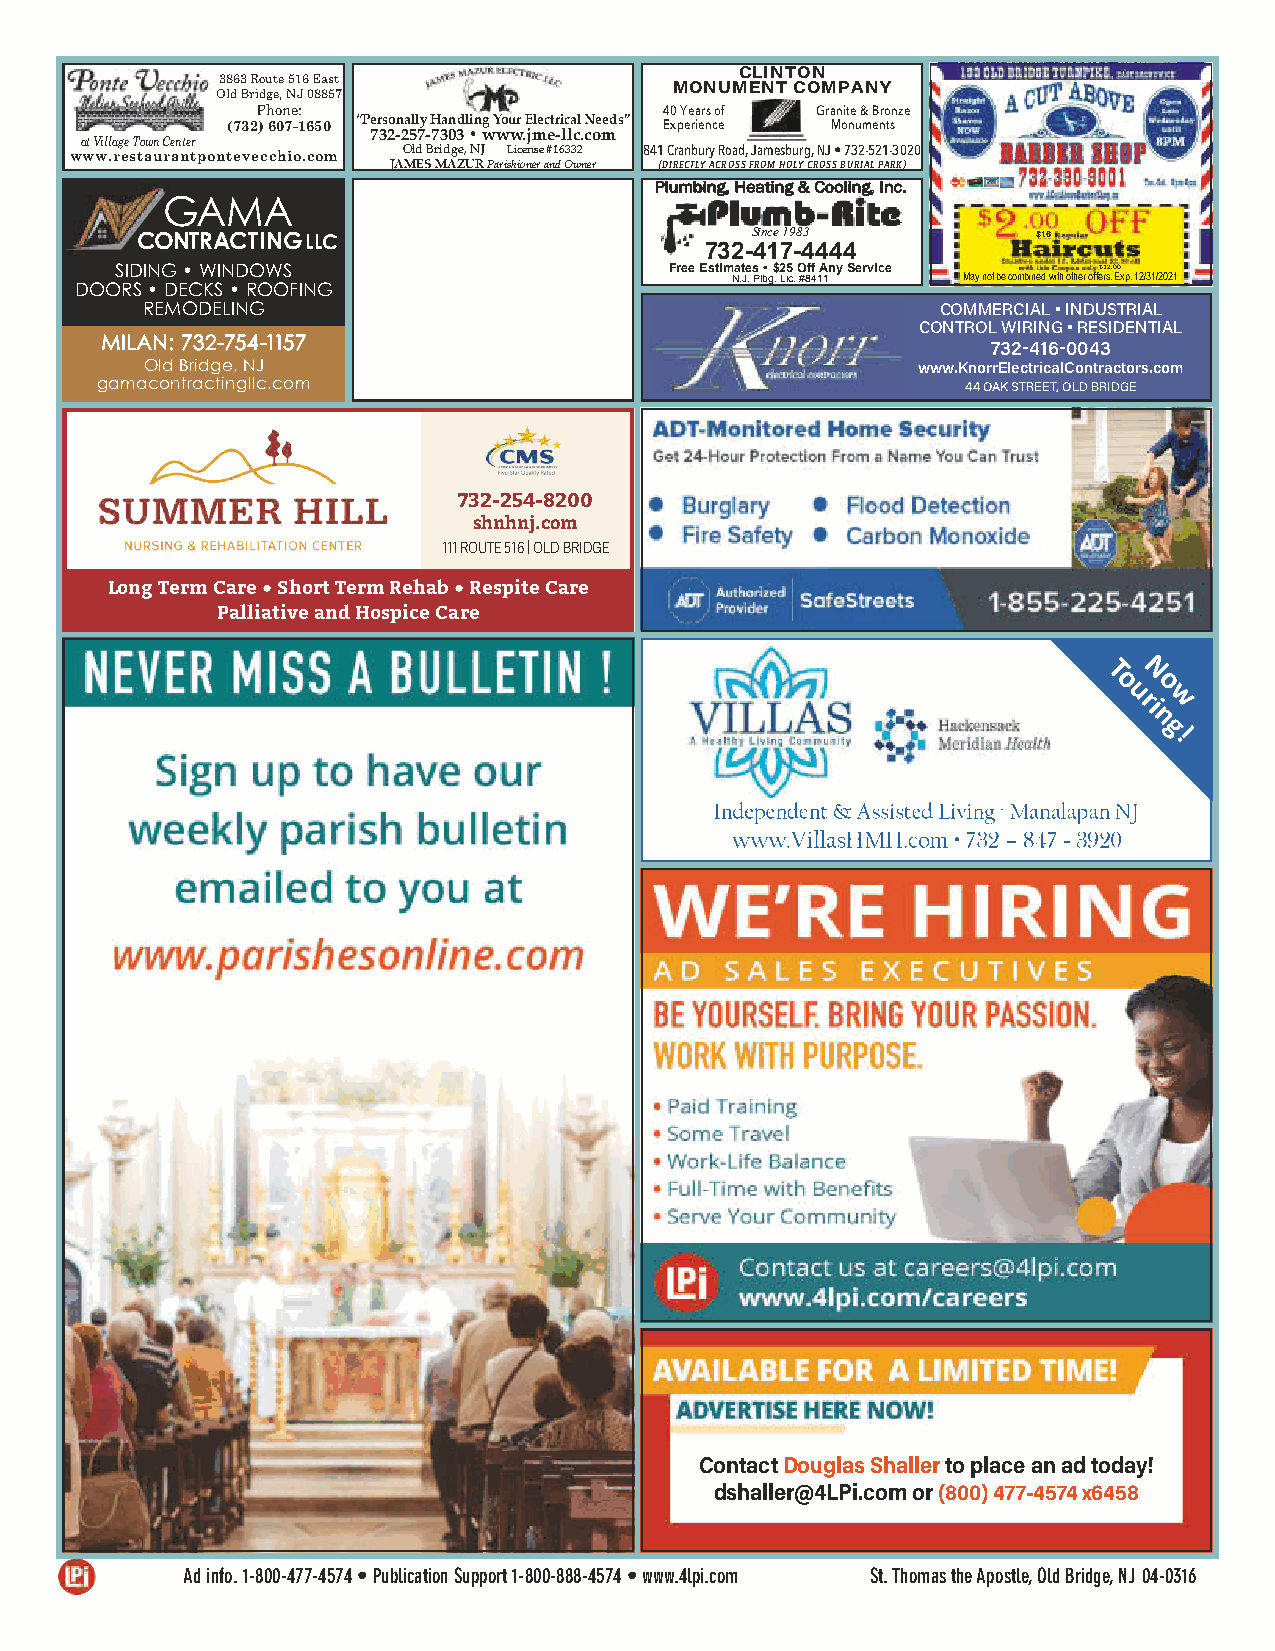
CLINTON
 3863 Route 516 East
 MONUMENT COMPANY
 Old Bridge, NJ 08857
 Phone:                     40 Years of Granite & Bronze
 (732) 607-1650 “Personally Handling Your Electrical Needs” Experience Monuments
 at Village Town Center 732-257-7303 • www.jme-llc.com
 www.restaurantpontevecchio.com Old Bridge, NJ License #16332 841 Cranbury Road, Jamesburg, NJ • 732-521-3020
 JAMES MAZUR Parishioner and Owner (DIRECTLY ACROSS FROM HOLY CROSS BURIAL PARK)
 PPlluummbbiinngg,, HHeeaattiinngg && CCoooolliinngg,, IInncc..
 GAMA
 CONTRACTING LLC                          Since 1983         $16
 732-417-4444
 SIDING • WINDOWS                    Free Estimates • $25 Off Any Service $12.00
 N.J. Plbg. Lic. #8411 May not be combined with other offers. Exp. 12/31/2021
 DOORS • DECKS • ROOFING
 REMODELING                                           COMMERCIAL • INDUSTRIAL
 CONTROL WIRING • RESIDENTIAL
 MMIILLAANN:: 773322--775544--11115577
 732-416-0043
 Old Bridge, NJ                                     www.KnorrElectricalContractors.com
 gamacontractingllc.com                                    44 OAK STREET, OLD BRIDGE
 732-254-8200
 shnhnj.com
 111 ROUTE 516 | OLD BRIDGE
 Long Term Care • Short Term Rehab • Respite Care
 Palliative and Hospice Care
 TN
 o  o
 u riw
 n
 g
 !
 Contact Douglas Shaller to place an ad today!
 dshaller@4LPi.com or (800) 477-4574 x6458
 Ad info. 1-800-477-4574 • Publication Support 1-800-888-4574 • www.4lpi.com St. Thomas the Apostle, Old Bridge, NJ 04-0316